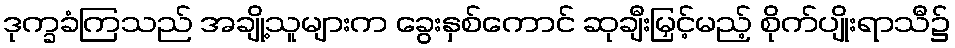
ဒုက္ခခံကြသည် အချို့သူများက ခွေးနှစ်ကောင် ဆုချီးမြှင့်မည့် စိုက်ပျိုးရာသီ၌